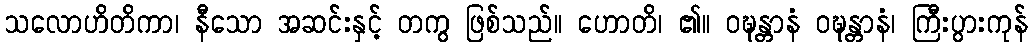
သလောဟိတိကာ၊ နီသော အဆင်းနှင့် တကွ ဖြစ်သည်။ ဟောတိ၊ ၏။ ဝဍ္ဎန္တာနံ ဝဍ္ဎန္တာနံ၊ ကြီးပွားကုန်